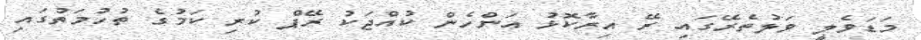
މަޑަވެލީ ވަލުތެރޭގައި ރޭ އިރާކޮޅު އަންހެން ކުއްޖަކު ރޭޕް ކުރި ކަމުގެ ތުހުމަތުގައި